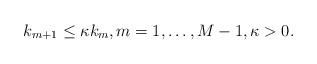
LaTeX: \begin{align*} k_{m+1}\le\kappa k_m,m=1,\dots,M-1,\kappa>0. \end{align*}